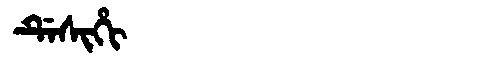
Manchu: ᡩᡝᠰᡳᡥᡳ
Romanization: DESIHI